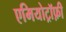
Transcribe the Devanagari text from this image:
एमियोट्रॉफ़ी